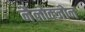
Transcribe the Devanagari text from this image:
नैलोक्जोन